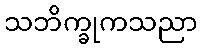
သဘိက္ခုကသညာ